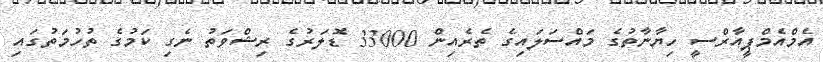
އެމްއެމްޕީއާރްސީ ހިޔާނާތުގެ މައްސަލައިގެ ތެރެއިން 33000 ޑޮލަރުގެ ރިޝްވަތު ނެގި ކަަމުގެ ތުހުމަތުގައި